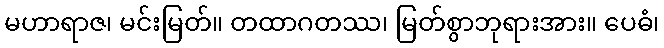
မဟာရာဇ၊ မင်းမြတ်။ တထာဂတဿ၊ မြတ်စွာဘုရားအား။ ပေဓံ၊